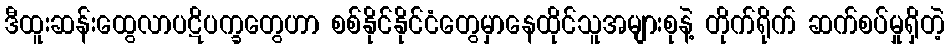
ဒီထူးဆန်းထွေလာပဋိပက္ခတွေဟာ စစ်နိုင်နိုင်ငံတွေမှာနေထိုင်သူအများစုနဲ့ တိုက်ရိုက် ဆက်စပ်မှုရှိတဲ့